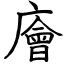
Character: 廥